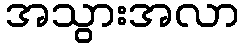
အသွားအလာ